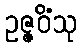
ဥဇ္ဇဝိံသု